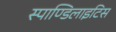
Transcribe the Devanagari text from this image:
स्पाण्डिलाइटिस